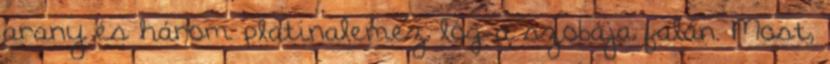
arany és három platinalemez lóg a szobája falán. Most,